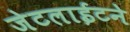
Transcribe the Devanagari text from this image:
जेटलाईटने